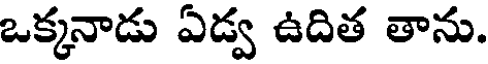
ఒక్కనాడు ఏడ్వ ఉదిత తాను.